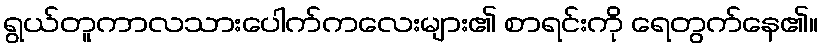
ရွယ်တူကာလသားပေါက်ကလေးများ၏ စာရင်းကို ရေတွက်နေ၏။